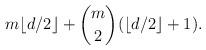
LaTeX: \begin{align*}m \lfloor d/2 \rfloor + \binom{m}{2} (\lfloor d/2 \rfloor + 1).\end{align*}